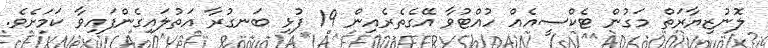
ލޮނުޒިޔާރަތް މަގުން ޓެކްސީއެއް ހުއްޓުވާ އޭގެތެރެއިން 19 ފުޅި ބަނގުރާ އަތުލައިގެންފައިވާ ކަމަށެވެ.